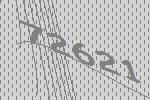
72621